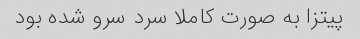
پیتزا به صورت کاملا سرد سرو شده بود